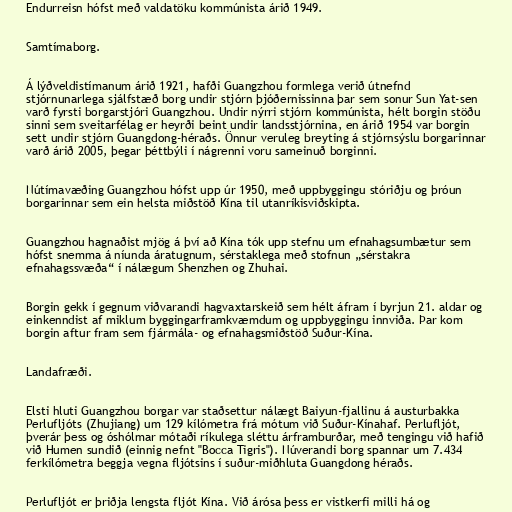
Endurreisn hófst með valdatöku kommúnista árið 1949.

Samtímaborg.

Á lýðveldistímanum árið 1921, hafði Guangzhou formlega verið útnefnd
stjórnunarlega sjálfstæð borg undir stjórn þjóðernissinna þar sem sonur Sun Yat-sen
varð fyrsti borgarstjóri Guangzhou. Undir nýrri stjórn kommúnista, hélt borgin stöðu
sinni sem sveitarfélag er heyrði beint undir landsstjórnina, en árið 1954 var borgin
sett undir stjórn Guangdong-héraðs. Önnur veruleg breyting á stjórnsýslu borgarinnar
varð árið 2005, þegar þéttbýli í nágrenni voru sameinuð borginni.

Nútímavæðing Guangzhou hófst upp úr 1950, með uppbyggingu stóriðju og þróun
borgarinnar sem ein helsta miðstöð Kína til utanríkisviðskipta.

Guangzhou hagnaðist mjög á því að Kína tók upp stefnu um efnahagsumbætur sem
hófst snemma á níunda áratugnum, sérstaklega með stofnun „sérstakra
efnahagssvæða“ í nálægum Shenzhen og Zhuhai.

Borgin gekk í gegnum viðvarandi hagvaxtarskeið sem hélt áfram í byrjun 21. aldar og
einkenndist af miklum byggingarframkvæmdum og uppbyggingu innviða. Þar kom
borgin aftur fram sem fjármála- og efnahagsmiðstöð Suður-Kína.

Landafræði.

Elsti hluti Guangzhou borgar var staðsettur nálægt Baiyun-fjallinu á austurbakka
Perlufljóts (Zhujiang) um 129 kílómetra frá mótum við Suður-Kínahaf. Perlufljót,
þverár þess og óshólmar mótaði ríkulega sléttu árframburðar, með tengingu við hafið
við Humen sundið (einnig nefnt "Bocca Tigris"). Núverandi borg spannar um 7.434
ferkílómetra beggja vegna fljótsins í suður-miðhluta Guangdong héraðs.

Perlufljót er þriðja lengsta fljót Kína. Við árósa þess er vistkerfi milli há og